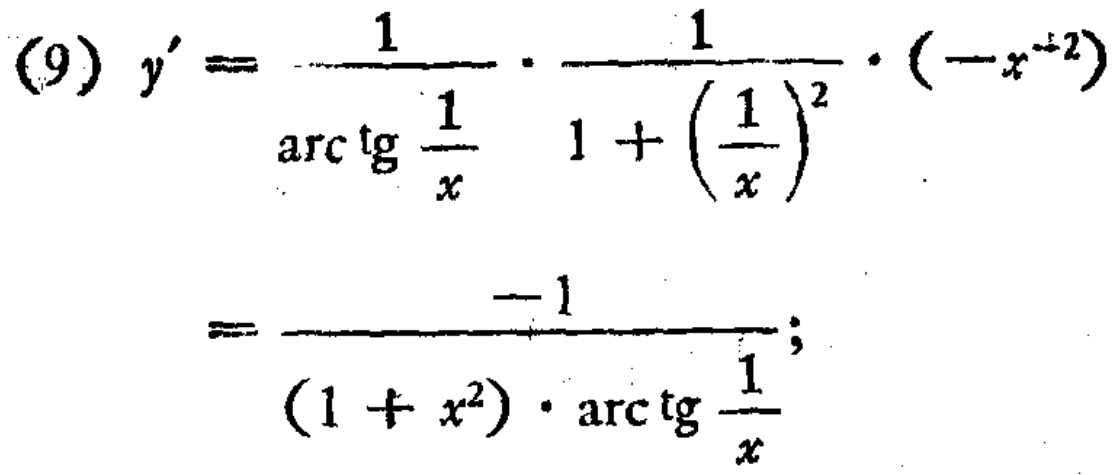
\[
\begin{align*}
(9)\ y'&=\frac{1}{\arctan\frac{1}{x}}\cdot\frac{1}{1 + (\frac{1}{x})^2}\cdot(-x^{-2})\\
&=\frac{-1}{(1 + x^2)\cdot\arctan\frac{1}{x}};
\end{align*}
\]